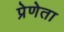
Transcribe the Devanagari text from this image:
प्रेणेता